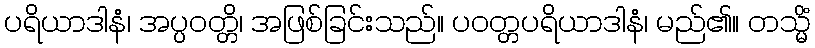
ပရိယာဒါနံ၊ အပ္ပဝတ္တိ၊ အဖြစ်ခြင်းသည်။ ပဝတ္တပရိယာဒါနံ၊ မည်၏။ တသ္မိံ